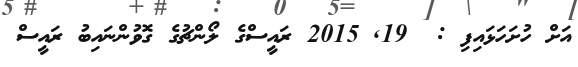
އަށް ހުށަހަޅައިފި :  19